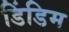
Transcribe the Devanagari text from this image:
डिंडिम